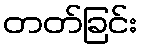
တတ်ခြင်း